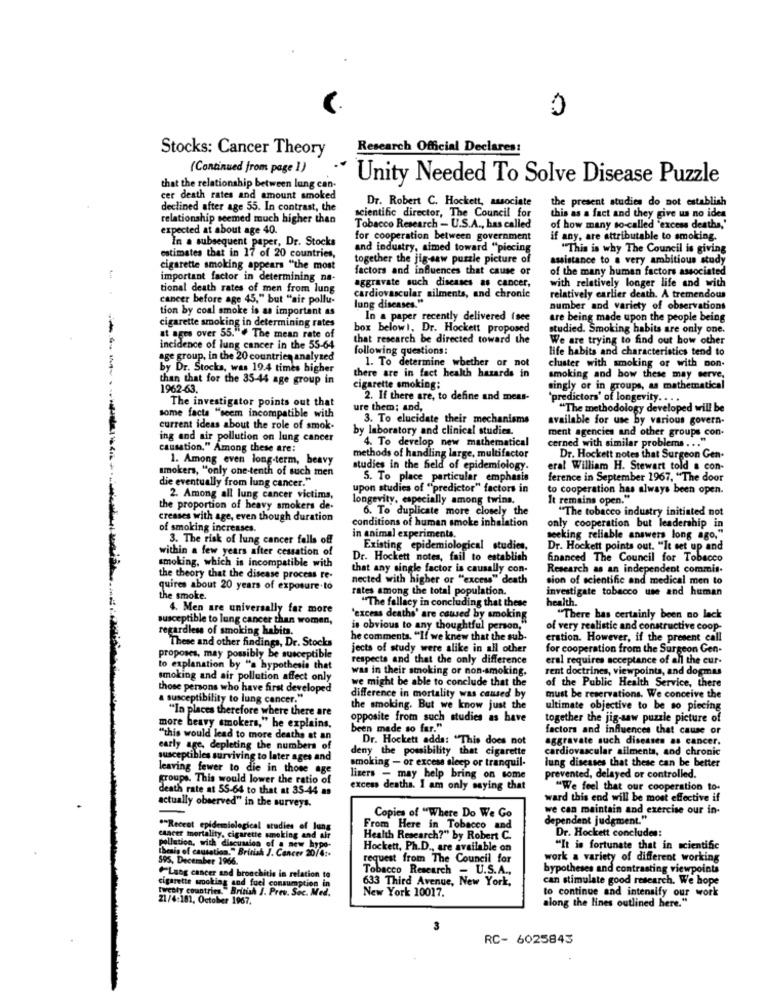
0
Stocks: Cancer Theory
Research Official Declares:
(Continued from page 1)
Unity Needed To Solve Disease Puzzle
that the relationship between lung can-
cer death rates and amount smoked
Dr. Robert C. Hockett, associate
the present studies do not establish
declined after age 55. In contrast, the
relationship seemed much higher than
scientific director, The Council for
this as a fact and they give us no ides
expected at about age 40.
Tobacco Research - U.S.A ., has called
of how many so-called "excess deaths,'
In a subsequent paper, Dr. Stocks
for cooperation between government
if any, are attributable to smoking.
and industry, aimed toward "piecing
"This is why The Council is giving
estimates that in 17 of 20 countries,
together the jigsaw puzzle picture of
assistance to a very ambitious study
cigarette smoking appears "the most
factors and influences that cause of
of the many human factors associated
important factor in determining na-
with relatively longer life and with
tional death rates of men from lung
aggravate such diseases as cancer,
cancer before age 45," but "air pollu-
cardiovascular ailments, and chronic
relatively earlier death. A tremendous
tion by coal smoke is as important as
lung diseases.
number and variety of observations
In a paper recently delivered (see
are being made upon the people being
cigarette smoking in determining rates
box below1, Dr. Hockett proposed
studied. Smoking habits are only one.
at ages over 55."# The mean rate of
that research be directed toward the
We are trying to find out how other
incidence of lung cancer in the 55-64
following questions:
life habits and characteristics tend to
age group, in the 20 countries analyzed
1. To determine whether or not
by Dr. Stocks, was 19.4 times higher
there are in fact health hasards in
cluster with smoking or with non-
than that for the 35-44 age group in
smoking and bow these may serve.
1962-63.
cigarette smoking:
singly or in groups, as mathematical
2. If there are, to define and meas-
'predictors' of longevity. . . .
some facts "seem incompatible with
The investigator points out that
ure them; and,
"The methodology developed will be
3. To elucidate their mechanisms
available for use by various govern-
current ideas about the role of smok-
by laboratory and clinical studies.
ment agencies and other groups con.
ing and air pollution on lung cancer
4. To develop new mathematical
cerned with similar problems ...
causation." Among these are:
1. Among even long-term, beavy
methods of handling large, multifactor
Dr. Hockett notes that Surgeon Gen-
smokers, "only one-tenth of such men
studies in the field of epidemiology.
eral William H. Stewart told a con-
die eventually from lung cancer."
5. To place particular emphasis
ference in September 1967, "The door
upon studies of "predictor" factors in
to cooperation has always been open.
2. Among all lung cancer victims
longevity, especially among twins.
It remains open."
the proportion of heavy smokers de-
6. To duplicate more closely the
"The tobacco industry initiated not
creases with age, even though duration
conditions of human smoke inhalation
of smoking increases.
only cooperation but leadership in
3. The risk of lung cancer falls off
in animal experiments.
seeking reliable answers long ago,"
within a few years after cessation of
Existing epidemiological studies,
Dr. Hockett points out. "It set up and
smoking, which is incompatible with
Dr. Hockett notes, fail to establish
financed The Council for Tobacco
that any single factor is causally con-
Research as an independent commis-
the theory that the disease process re-
nected with higher or "excess" death
sion of scientific and medical men to
quires about 20 years of exposure to
rates among the total population.
investigate tobacco use and human
the smoke.
"The fallacy in concluding that these
health.
4. Men are universally far more
susceptible to lung cancer than women,
'excess deaths' are caused by smoking
"There has certainly been no lack
regardless of smoking habits.
is obvious to any thoughtful person,"
of very realistic and constructive coop-
These and other findings, Dr. Stocks
he comments. "If we knew that the sub-
eration. However, if the present call
jects of study were alike in all other
for cooperation from the Surgeon Gen-
proposes, may possibly be susceptible
respects and that the only difference
eral requires acceptance of all the cur-
to explanation by "a hypothesis that
was in their smoking or non-smoking.
rent doctrines, viewpoints, and dogmas
smoking and air pollution affect only
we might be able to conclude that the
of the Public Health Service, there
those persons who have first developed
a susceptibility to lung cancer."
difference in mortality was caused by
must be reservations. We conceive the
"In places therefore where there are
the smoking. But we know just the
ultimate objective to be so piecing
opposite from such studies as have
together the jig-saw puzzle picture of
more heavy smokers," he explains,
been made so far."
factors and influences that cause or
"this would lead to more deaths at an
Dr. Hockett adda: "This does not
aggravate such diseases as cancer.
early age, depleting the numbers of
deny the possibility that cigarette
cardiovascular ailments, and chronic
susceptibles surviving to later ages and
lung diseases that these can be better
leaving fewer to die in those age
smoking - or excess sleep or tranquil-
groups. This would lower the ratio of
lizers - may help bring on some
prevented, delayed or controlled.
death rate at SS-64 to that at 35-44 a
excess deaths. I am only saying that
"We feel that our cooperation to-
actually observed" in the surveys.
ward this end will be most effective if
we can maintain and exercise our in-
Copies of "Where Do We Go
dependent judgment."
""Receot epidemiological studies of lung
From Here in Tobacco and
Dr. Hockett concludes:
cancer mortality, cigarette smoking and ait
Health Research?" by Robert C.
pollution, with discussion of a new hypo-
thesis of causation." British J. Cancer 20/4:+
Hockett, Ph.D ., are available on
"It is fortunate that in scientific
595, December 1966.
request from The Council for
work a variety of different working
Tobacco Research - U.S.A .,
bypotheses and contrasting viewpoints
Laog cancer and bronchitis in relation to
cigarette smoking and fuel consumption in
633 Third Avenue, New York,
can stimulate good research. We hope
twenty countries." British J. Prev. Soc. Med.
New York 10017.
to continue and intensify our work
21/4:181, October 1967.
along the lines outlined here."
3
RC- 6025843